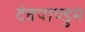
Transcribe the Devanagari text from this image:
देवपाण्डुम